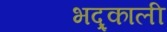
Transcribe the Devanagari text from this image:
भद्र्काली